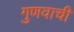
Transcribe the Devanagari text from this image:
गुणवाची